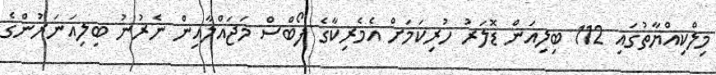
މިލްކިއްޔާތުގައި 112 ބިލިއަން ޑޮލަރު ހުރިކަމަށް އެމެރިކާގެ ފޯބްސް މަޖައްލާއިން ނެރުނު ބިލިއަނަރުންގެ